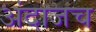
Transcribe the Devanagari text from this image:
अंदाजच